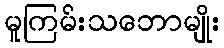
မူကြမ်းသဘောမျိုး